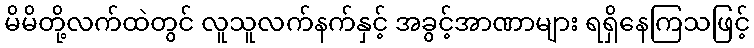
မိမိတို့လက်ထဲတွင် လူသူလက်နက်နှင့် အခွင့်အာဏာများ ရရှိနေကြသဖြင့်